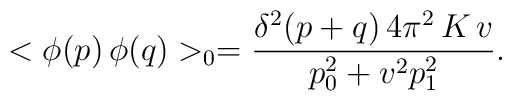
<\phi(p)\,\phi(q)>_{0} = \frac{\delta^{2}( p + q)\,4 \pi^{2}\,K\, v }{p_{0}^{2} + v^{2}p_{1}^{2}}.